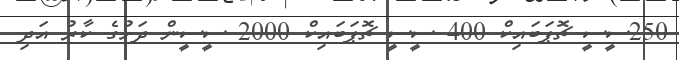
250ސީސީ ޗޮޕަބައިކް 400 ސީސީ ޗޮޕަބައިކް 2000 ސީސީން ދަށުގެ ކާރު އަދި